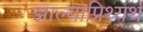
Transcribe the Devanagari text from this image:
झाल्याप्रिथ्यर्थ